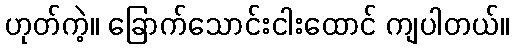
ဟုတ်ကဲ့။ ခြောက်သောင်းငါးထောင် ကျပါတယ်။